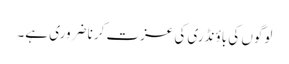
لوگوں کی باؤنڈری کی عزت کرنا ضروری ہے۔